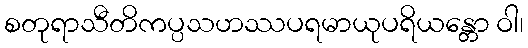
စတုရာသီတိကပ္ပသဟဿပရမာယုပရိယန္တော ဝါ၊